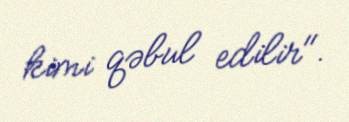
kimi qəbul edilir".